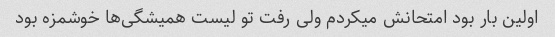
اولین بار بود امتحانش میکردم ولی رفت تو لیست همیشگی‌ها خوشمزه بود